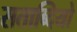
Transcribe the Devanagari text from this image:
सताब्दियो